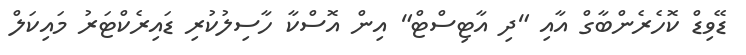
ޑޭވިޑް ކޮހެރެންބާގް އާއި "ދި އާޓިސްޓް" އިން އޮސްކާ ހާސިލުކުރި ޑައިރެކްޓަރު މައިކަލް